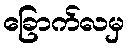
ခြောက်လမှ